Indian journal of veterinary science and animal husbandry - Volumes 15-17, 1948-1951
Year: 1948
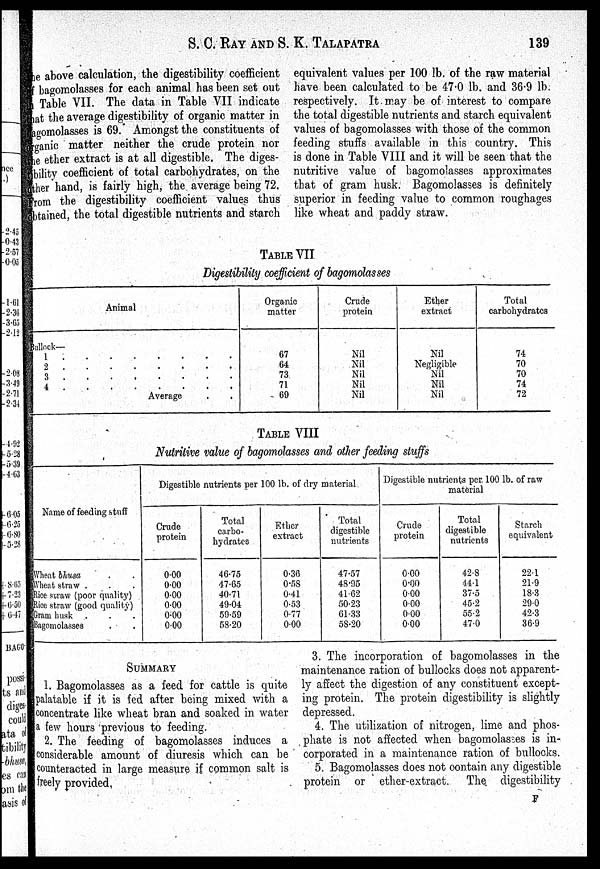
S. C. RAY AND S. K.
TALAPATRA
139
The above calculation, the digestibility coefficient
of bagomolasses for each animal has been set out
an Table VII. The data in Table VII indicate
that the average digestibility of organic matter in
bagomolasses is 69. Amongst the constituents of
organic matter neither the crude protein nor
the ether extract is at all digestible. The diges¬
tibility coefficient of total carbohydrates, on the
other hand, is fairly high, the average being 72.
From the digestibility coefficient values thus
obtained, the total digestible nutrients and starch
equivalent values per 100 lb. of the raw material
have been calculated to be 47.0 lb. and 36.9 lb.
respectively. It may be of interest to compare
the total digestible nutrients and starch equivalent
values of bagomolasses with those of the common
feeding stuffs available in this country. This
is done in Table VIII and it will be seen that the
nutritive value of bagomolasses approximates
that of gram husk. Bagomolasses is definitely
superior in feeding value to common roughages
like wheat and paddy straw.
TABLE VII
Digestibility coefficient of bagomolasses
Animal
Bullock—
1 . . . . . . . .
2 . . . . . . . .
3 . . . . . . . .
4 . . . . . . . .
Average . .
Organic
matter
67
64
73
71
69
Crude
protein
Nil
Nil
Nil
Nil
Nil
Ether
extract
Nil
Negligible
Nil
Nil
Nil
Total
carbohydrates
74
70
70
74
72
TABLE VIII
Nutritive value of bagomolasses and other feeding stuffs
Name of feeding stuff
Wheat bhusa . .
Wheat straw . . .
Rice straw (poor quality)
Rice straw (good quality)
Gram busk . . .
Bagomolasses . .
Digestible nutrients per 100 lb. of dry material
Crude
protein
0.00
0.00
0.00
0.00
0.00
0.00
Total
carbo-
hydrates
46.75
47.65
40.71
49.04
59.59
58.20
Ether
extract
0.36
0.58
0.41
0.53
0.77
0.00
Total
digestible
nutrients
47.57
48.95
41.62
50.23
61.33
58.20
Digestible nutrients per. 100 lb. of raw
material
Crude
protein
0.00
0.00
0.00
0.00
0.00
0.00
Total
digestible
nutrients
42.8
44.1
37.5
45.2
55.2
47.0
Starch
equivalent
22.1
21.9
18.3
29.0
42.3
36.9
SUMMARY
1. Bagomolasses as a feed for cattle is quite
palatable if it is fed after being mixed with a
concentrate like wheat bran and soaked in water
a few hours previous to feeding.
2. The feeding of bagomolasses induces a
considerable amount of diuresis which can be
counteracted in large measure if common salt is
freely provided,
3. The incorporation of bagomolasses in the
maintenance ration of bullocks does not apparent-
ly affect the digestion of any constituent except-
ing protein. The protein digestibility is slightly
depressed.
4. The utilization of nitrogen, lime and phos-
phate is not affected when bagomolasses is in-
corporated in a maintenance ration of bullocks.
5. Bagomolasses does not contain any digestible
protein or ether-extract. The digestibility
F